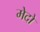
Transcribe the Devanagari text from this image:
मेदो